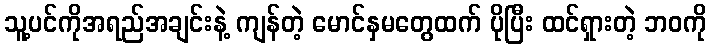
သူ့ပင်ကိုအရည်အချင်းနဲ့ ကျန်တဲ့ မောင်နှမတွေထက် ပိုပြီး ထင်ရှားတဲ့ ဘဝကို